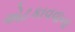
એટકાવવાના